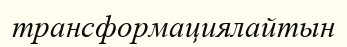
трансформациялайтын